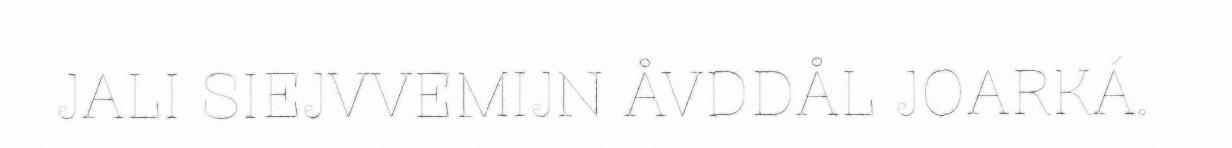
JALI SIEJVVEMIJN ÅVDDÅL JOARKÁ.